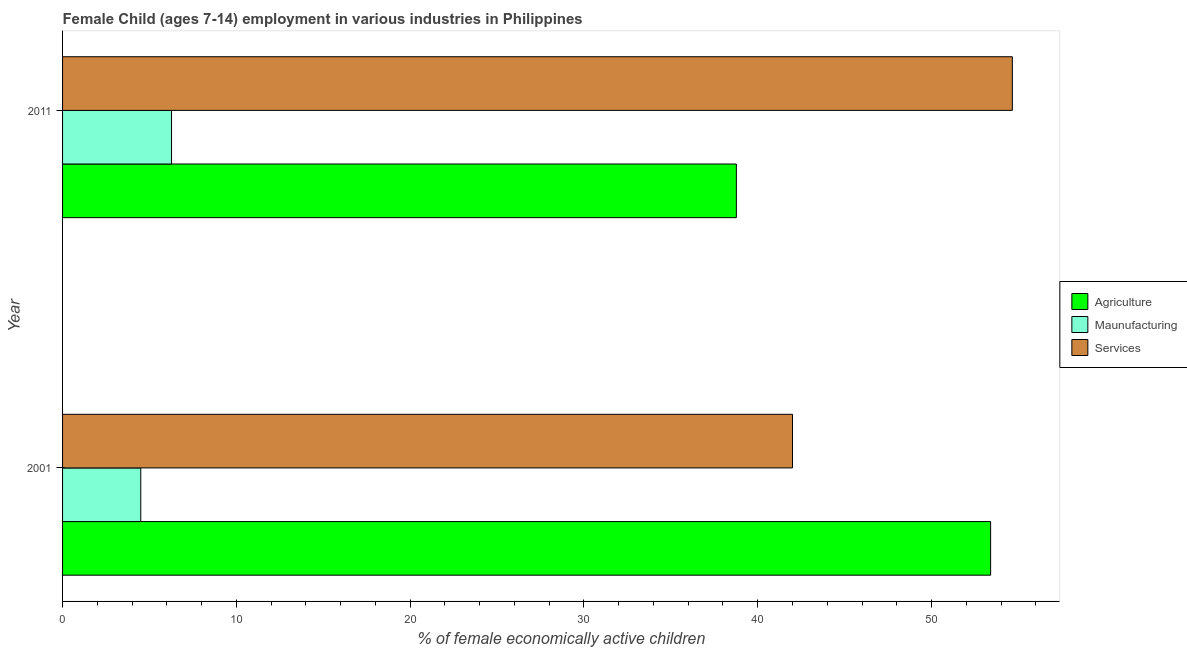
| Year | Agriculture | Maunufacturing | Services |
 | --- | --- | --- | --- |
 | 2001 | 53.4 | 4.5 | 42 |
 | 2011 | 38.8 | 6.27 | 54.6 |